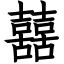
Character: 𡅕